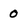
Character: 0